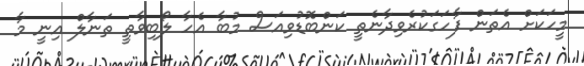
މީހަކަށް އެތަން ފާހަގަކުރެވިދާނެތީ ކަންބޮޑުވިއަސް މުބާ އެހާ ލޯބިވާތީ ތަނާލް އިނީ މާ